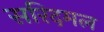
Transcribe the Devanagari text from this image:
सरिदमल